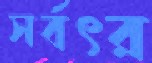
সর্বৎর